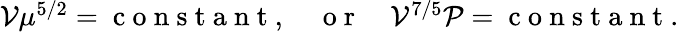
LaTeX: \begin{array}{r}{\mathcal{V}\mu^{5/2}=\mathrm{~c~o~n~s~t~a~n~t~},\quad\mathrm{~o~r~}\quad\mathcal{V}^{7/5}\mathcal{P}=\mathrm{~c~o~n~s~t~a~n~t~}.}\end{array}